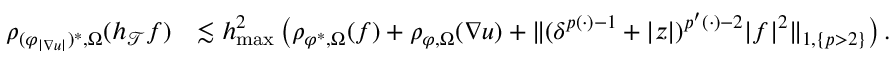
\begin{array} { r } { \begin{array} { r l } { \rho _ { ( \varphi _ { \smash { \vert \nabla u \vert } } ) ^ { * } , \Omega } ( h _ { \mathcal { T } } f ) } & { \lesssim h _ { \operatorname* { m a x } } ^ { 2 } \, \big ( \rho _ { \varphi ^ { * } , \Omega } ( f ) + \rho _ { \varphi , \Omega } ( \nabla u ) + \| ( \delta ^ { p ( \cdot ) - 1 } + \vert z \vert ) ^ { p ^ { \prime } ( \cdot ) - 2 } \vert f \vert ^ { 2 } \| _ { 1 , \{ p > 2 \} } \big ) \, . } \end{array} } \end{array}